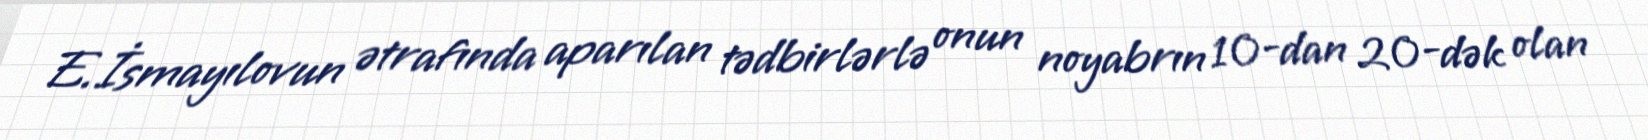
E.İsmayılovun ətrafında aparılan tədbirlərlə onun noyabrın 10-dan 20-dək olan